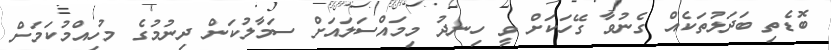
ބޮޑެތި ބަދަލުތަކެއް ގެނުވާ ގޭހަކަށް ވީ ހިނދު މިމައްސަލައަށް ސަމާލުކަން ދިނުމުގެ މުހިއްމުކަމަށް